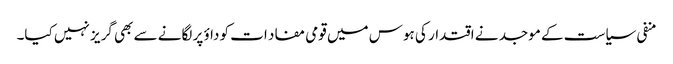
منفی سیاست کے موجد نے اقتدار کی ہوس میں قومی مفاد ات کو داؤ پر لگانے سے بھی گریز نہیں کیا۔